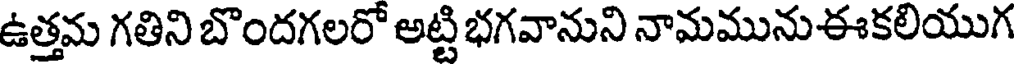
ఉత్తమ గతిని బొందగలరో అట్టి భగవానుని నామమునుఈకలియుగ